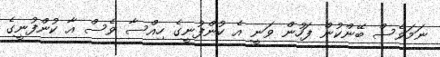
ނަމަވެސް ބޭންކުން ފަހުން ވަނީ އެ ކުންފުނީގެ ހިއްސާ ވެސް އާ ކުންފުނީގެ